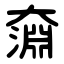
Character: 奫